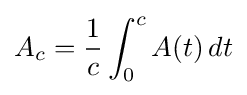
A_{c}={\frac {1}{c}}\int _{0}^{c}A(t)\,dt